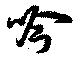
吟